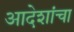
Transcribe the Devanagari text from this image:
आदेशांचा